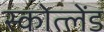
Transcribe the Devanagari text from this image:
स्कोत्लेंड